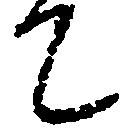
て